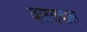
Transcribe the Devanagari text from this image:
वलयवाले